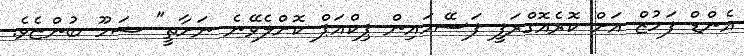
އެންޑް ފަހުޒް އަށް ކޮރެއޮގްރަފީ ފަސޭހައިން ޕިކްއަޕް ކޮށްލެވޭނެ ނަށާތީ" ޝަހޫ ބުންޏެވެ.